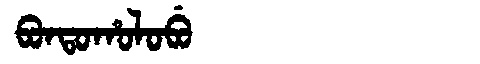
Manchu: ᠪᠣᠨᡨᠣᡥᠣᠯᠣᠪᡠ
Romanization: BONTOHOLOBU